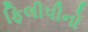
ફિલીપીનો